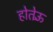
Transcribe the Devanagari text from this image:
होतेऊँ